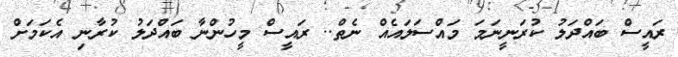
ރައީސް ބައްދަލު ކުރަނީނަމަ މައްސަލައެއް ނެތް.. ރައީސް މީހުންނާ ބައްދަލު ކުރާނި އެކަމަށް